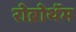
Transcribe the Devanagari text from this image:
रोब्रोथॅम